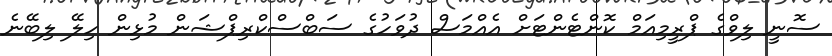
ސޮނީ ލިވްގެ ޕްރީމިއަމް ކޮންޓެންޓަށް އެއްމަސް ދުވަހުގެ ސަބްސްކްރިޕްޝަން މުޅިން ހިލޭ ލިބޭނެ